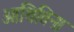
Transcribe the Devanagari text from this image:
आथितिना